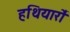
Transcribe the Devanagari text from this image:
हथियारो॑